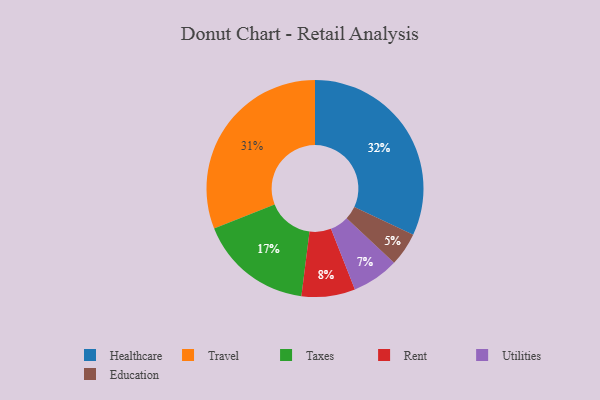
{"axis": {"x": "Category", "y": "Percentage"}, "legend": ["Education", "Healthcare", "Rent", "Taxes", "Travel", "Utilities"], "data": [{"x": "Taxes", "y": 17, "type": "Taxes"}, {"x": "Rent", "y": 8, "type": "Rent"}, {"x": "Education", "y": 5, "type": "Education"}, {"x": "Utilities", "y": 7, "type": "Utilities"}, {"x": "Healthcare", "y": 32, "type": "Healthcare"}, {"x": "Travel", "y": 31, "type": "Travel"}]}